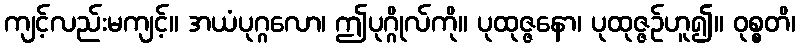
ကျင့်လည်းမကျင့်။ အယံပုဂ္ဂလော၊ ဤပုဂ္ဂိုလ်ကို။ ပုထုဇ္ဇနော၊ ပုထုဇ္ဇဉ်ဟူ၍။ ဝုစ္စတိ၊